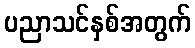
ပညာသင်နှစ်အတွက်